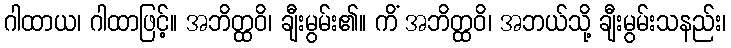
ဂါထာယ၊ ဂါထာဖြင့်။ အဘိတ္ထဝိ၊ ချီးမွမ်း၏။ ကိံ အဘိတ္ထဝိ၊ အဘယ်သို့ ချီးမွမ်းသနည်း၊